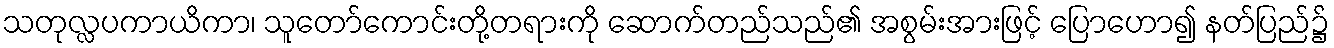
သတုလ္လပကာယိကာ၊ သူတော်ကောင်းတို့တရားကို ဆောက်တည်သည်၏ အစွမ်းအားဖြင့် ပြောဟော၍ နတ်ပြည်၌